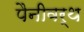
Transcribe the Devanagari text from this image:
पैनीवर्थ